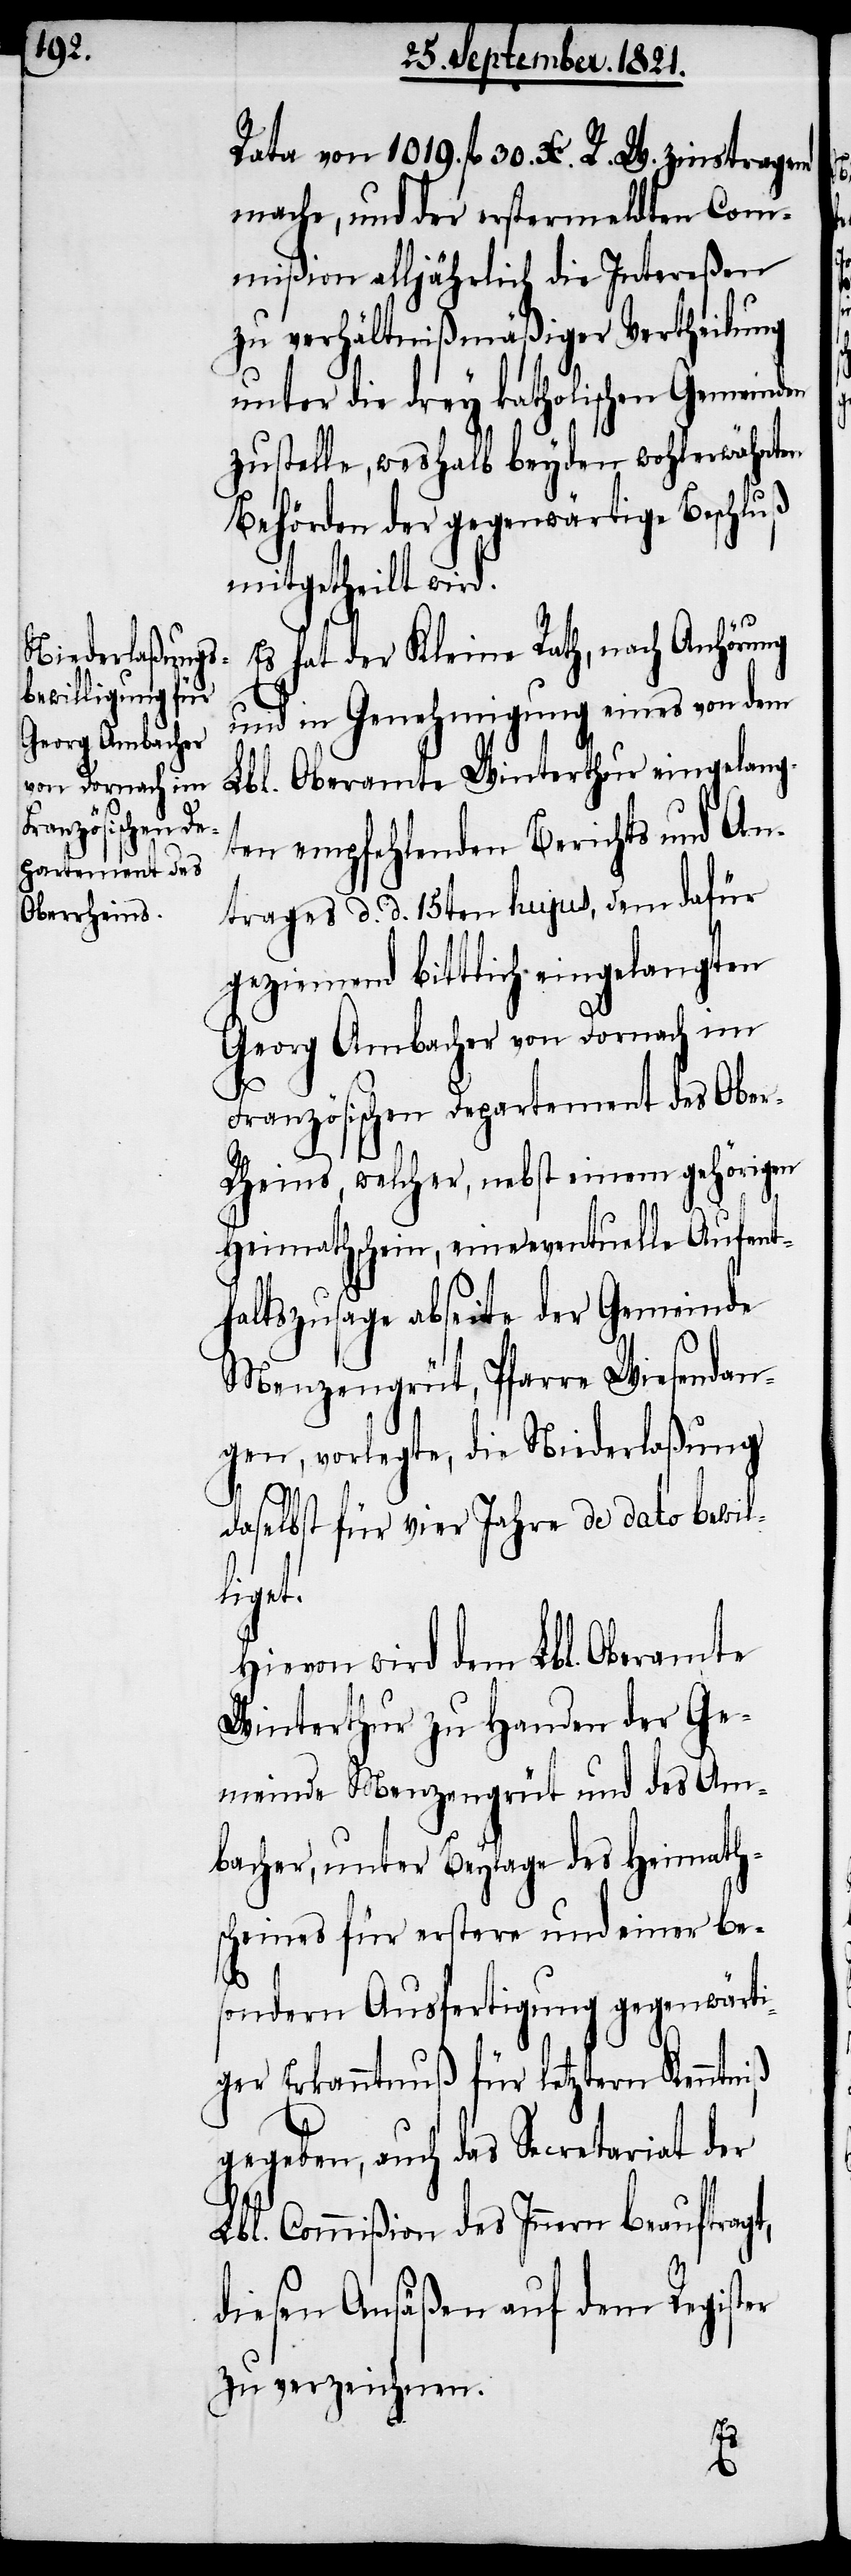
Rata von 1090. fl. 30. Xr. R. W. zinstragend
mache, und der erstermeldten Com¬
mißion alljährlich die Intereßen
zu verhältnißmäßiger Vertheilung
unter die drey katholischen Gemeinden
zustelle, weshalb beyden wohlerwähnten
Behörden der gegenwärtige Beschluß
mitgetheilt wird.
Es hat der Kleine Rath, nach Anhörung
und in Genehmigung eines von dem
Lbl. Oberamte Winterthur eingelang¬
ten empfehlenden Berichts und An¬
trages d. d. 15ten hujus, dem dafür
geziemend bittlich eingelangten
Georg Ambacher von Dornach im
Französischen Departement des Obe¬
r-Rheins, welcher, nebst einem gehörigen
Heimathschein, eine eventuelle Aufent¬
haltszusage abseite der Gemeinde
Menzengrüt, Pfarre Wiesendan¬
gen, vorlegte, die Niederlaßung
daselbst für vier Jahre de dato bewil¬
ligt.
Hievon wird dem Lbl. Oberamte
Winterthur zu Handen der Ge¬
meinde Menzengrüt und des Am¬
bacher, unter Beylage des Heimath¬
scheins für erstere und einer be¬
sondern Ausfertigung gegenwärt¬
iger Erkanntnuß für letztern Kenntniß
gegeben, auch das Secretariat der
Lbl. Commißion des Innern beauftragt,
diesen Ansäßen auf dem Register
zu verzeichnen.